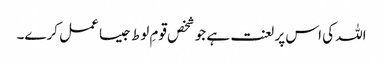
اللہ کی اس پر لعنت ہے جو شخص قومِ لوط جیسا عمل کرے۔